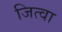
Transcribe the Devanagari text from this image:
जित्वा